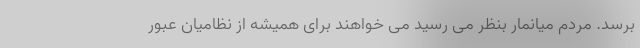
برسد. مردم میانمار بنظر می رسید می خواهند برای همیشه از نظامیان عبور